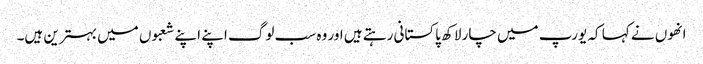
انھوں نے کہا کہ یورپ میں چار لاکھ پاکستانی رہتے ہیں اور وہ سب لوگ اپنے اپنے شعبوں میں بہترین ہیں۔